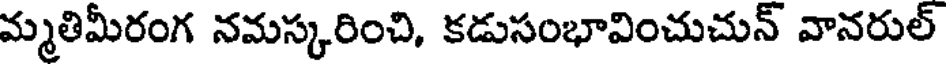
మ్మతిమీరంగ నమస్కరించి, కడుసంభావించుచున్ వానరుల్